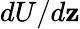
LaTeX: dU/d\mathbf{z}